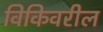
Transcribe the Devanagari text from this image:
विकिवरील